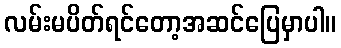
လမ်းမပိတ်ရင်တော့အဆင်ပြေမှာပါ။